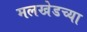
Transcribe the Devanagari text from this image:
मलखेडच्या